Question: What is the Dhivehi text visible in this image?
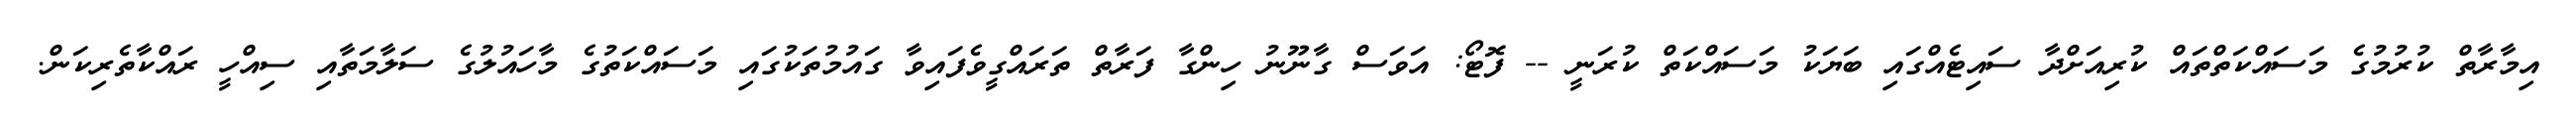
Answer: އިމާރާތް ކުރުމުގެ މަސައްކަތްތައް ކުރިއަށްދާ ސައިޓެއްގައި ބަޔަކު މަސައްކަތް ކުރަނީ -- ފޮޓޯ: އަވަސް ގާނޫނު ހިންގާ ފަރާތް ތަރައްގީވެފައިވާ ގައުމުތަކުގައި މަސައްކަތުގެ މާހައުލުގެ ސަލާމަތާއި ސިއްހީ ރައްކާތެރިކަން.